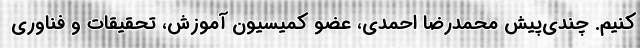
کنیم. چندی‌پیش محمدرضا احمدی، عضو کمیسیون آموزش، تحقیقات و فناوری